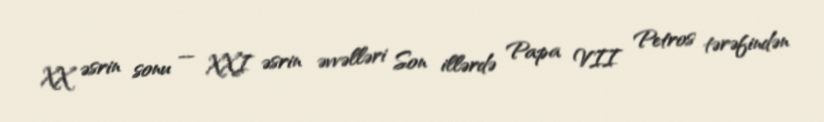
XX əsrin sonu — XXI əsrin əvvəlləri Son illərdə Papa VII Petros tərəfindən